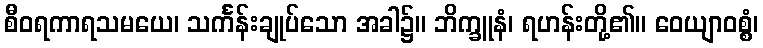
စီဝရကာရသမယေ၊ သင်္ကန်းချုပ်သော အခါ၌။ ဘိက္ခူနံ၊ ရဟန်းတို့၏။ ဝေယျာဝစ္စံ၊